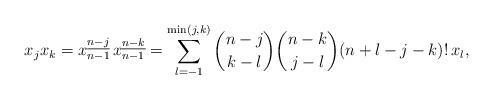
LaTeX: \begin{align*} x_j x_k &=x_{n-1}^{\underline{n-j}}\, x_{n-1}^{\underline{n-k}} = \sum_{l = -1}^{\min(j,k)} \binom{n-j}{k-l} \binom{n-k}{j-l} (n+l-j-k)!\, x_l,\end{align*}